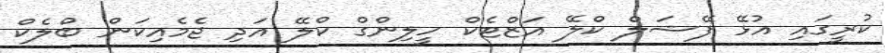
ކުރީގައި އުޅޭ ފޭޝަލް ކްލޭ އަޒްޓެކް ހީލިންގް ކްލޭ އަދި ޖެމެއިކަން ބްލެކް